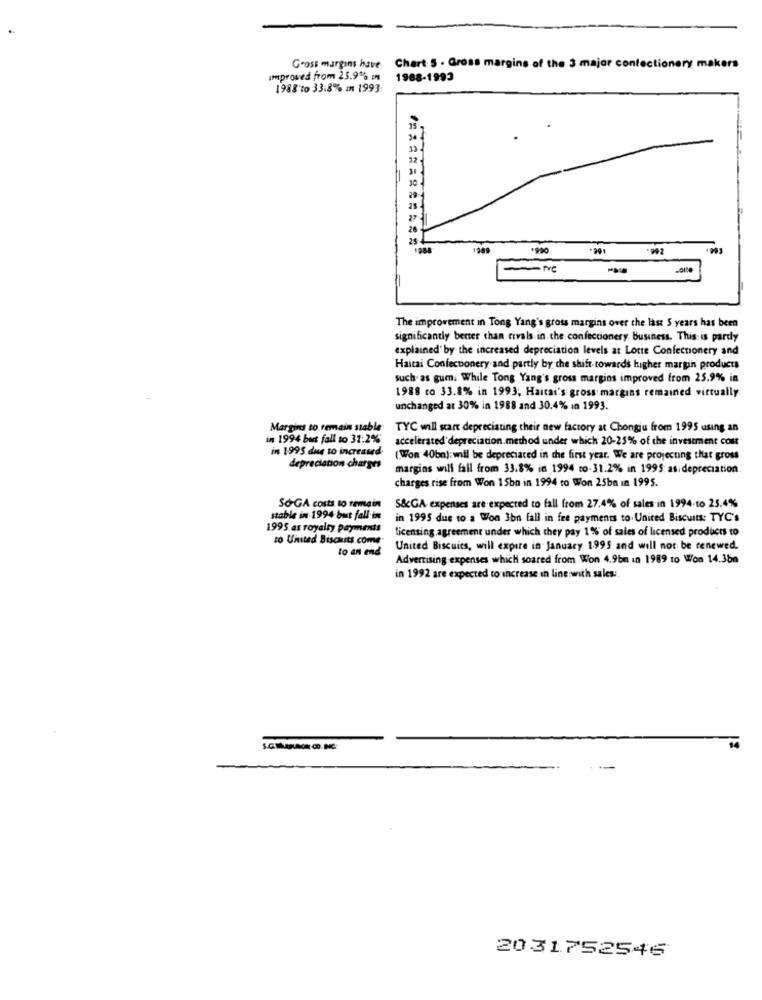
Gross margins have Chart 5 . Gross margins of the 3 major confectionery makers
Improved from 25.9% En
1988-1993
1988 to 33.8% m 1993:
1989
.991
-992
The improvement in Tong Yang's gross margins over the last S years has been
significantly berter than rivals in che confectionery Business. This is pardy
explained' by the increased depreciation levels at Lotte Confectionery and
Haitai Confectionery and partly by the shift- towards higher margin products
such as gum. While Tong Yang's gross margins improved from 25.9% in
1988 co 33.8% in 1993; Haitai's gross margins remained virtually
unchanged at 30% in 1988 and 30.4% ın 1993.
Margins to remain stable:
TYC will start depreciating their new factory at Chongju from 1995 using an
in 1994 but fall to 31.2%
accelerated' depreciation.method under which 20-25% of the investment cont
in 1995 due to increased
(Won 40bn): will be depreciated in the first year. We are projecting that gross
depreciation charges
margins will fall from 33.8% in 1994 to-31.2% in 1995: as: depreciation
charges rise from Won 15bn in 1994 to Won 25bn in 1995.
So-GA costs to remain
S&GA expenses are expected to fall from 27.4% of sales in 1994-to 25.4%
stable in 1994 but fall in
in 1995 due to a Won 3bn fall in fee payments to United Biscuits: TYC's
1995 as royalty payments
licensing agreement under which they pay 1% of sales of licensed products to
to United Biscuits come
to an end
United Biscuits, will expire in January 1995 and will not be renewed.
Advertising expenses which soared from Won 4.9bm in 1989 to Won 14.350
in 1992 are expected to increase in line with saless.
2031752546